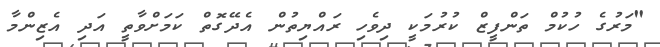
"މަރުގެ ހުކުމް ތަންފީޒް ކުރުމަކީ ދިވެހި ރައްޔިތުން އެދޭގޮތް ކަމަށްވާތީ އަދި އެޒިންމާ